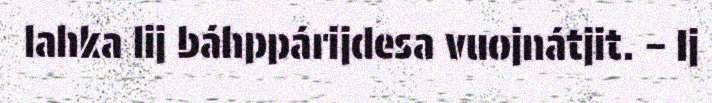
lahka lij báhppárijdesa vuojnátjit. – Ij